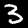
Label: 3